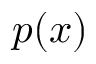
p ( x )